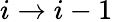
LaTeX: i\to i-1